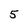
Character: 5